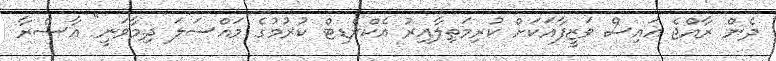
ދެން ރާއްޖެ އައިސް ވަޒީފާއަކަށް ކުރިމަތިލާއިރު އެކްރެޑިޓް ކުރުމުގެ މައްސަލަ ދިމާވަނީ" އާސްރާ